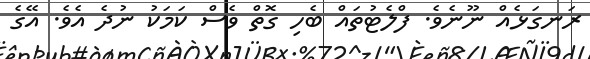
ރަނގަޅެއް ނޫނެވެ. ފްލެޓުތައް ބެހި ގޮތް ވެސް ކަމަކު ނުދެ އެވެ. އޭގެ